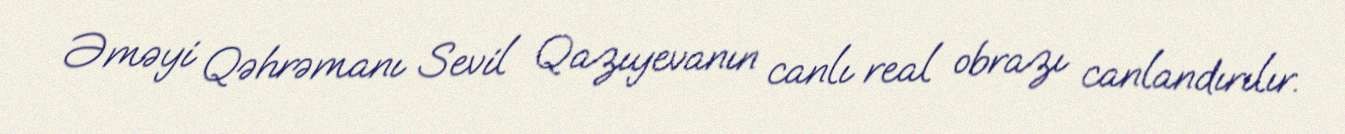
Əməyi Qəhrəmanı Sevil Qazıyevanın canlı real obrazı canlandırılır.